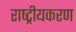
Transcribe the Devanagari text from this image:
राष्‍ट्रीयकरण